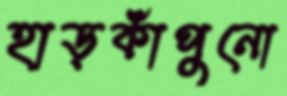
হাড়কাঁপুনো